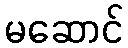
မဆောင်